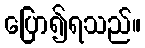
ပြော၍ရသည်။